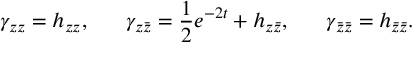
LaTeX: \gamma _ { z z } = h _ { z z } , ~ ~ ~ ~ ~ \gamma _ { z \bar { z } } = { \frac { 1 } { 2 } } e ^ { - 2 t } + h _ { z \bar { z } } , ~ ~ ~ ~ ~ \gamma _ { \bar { z } \bar { z } } = h _ { \bar { z } \bar { z } } .